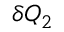
\delta Q _ { 2 }